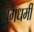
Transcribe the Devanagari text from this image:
युगधर्मी